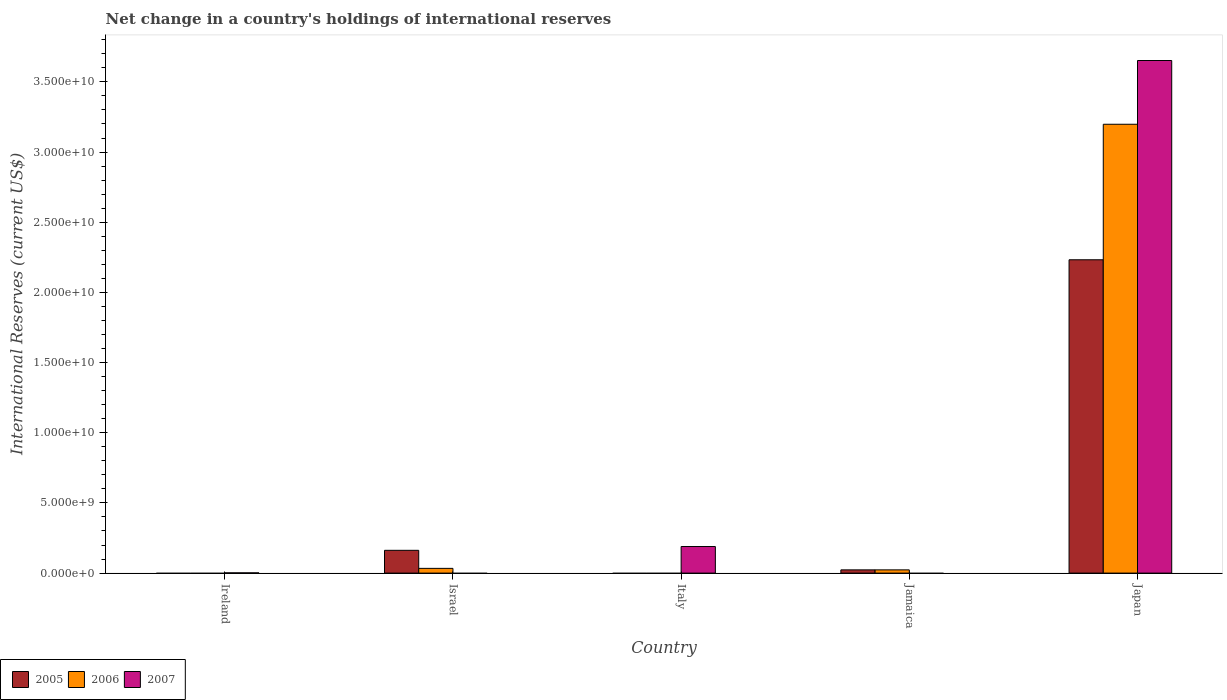
| Country | 2005 | 2006 | 2007 |
 | --- | --- | --- | --- |
 | Ireland | -1.78e+09 | -1.12e+08 | 1.6e+07 |
 | Israel | 1.62e+09 | 3.37e+08 | -1.72e+09 |
 | Italy | -1.03e+09 | -5.66e+08 | 1.89e+09 |
 | Jamaica | 2.3e+08 | 2.3e+08 | -4.4e+08 |
 | Japan | 2.23e+10 | 3.2e+10 | 3.65e+10 |